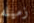
زميله